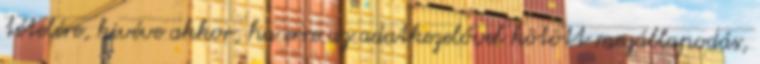
tételére, kivéve akkor, ha erre az adatkezelővel kötött megállapodás,